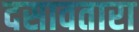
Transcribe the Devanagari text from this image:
दसावतारा